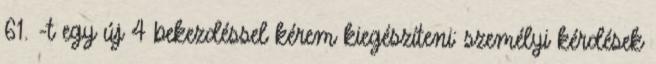
61.§-t egy új 4 bekezdéssel kérem kiegészíteni: személyi kérdések